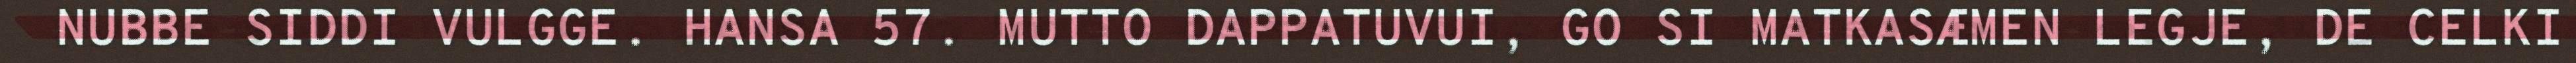
NUBBE SIDDI VULGGE. HANSA 57. MUTTO DAPPATUVUI, GO SI MATKASÆMEN LEGJE, DE CELKI